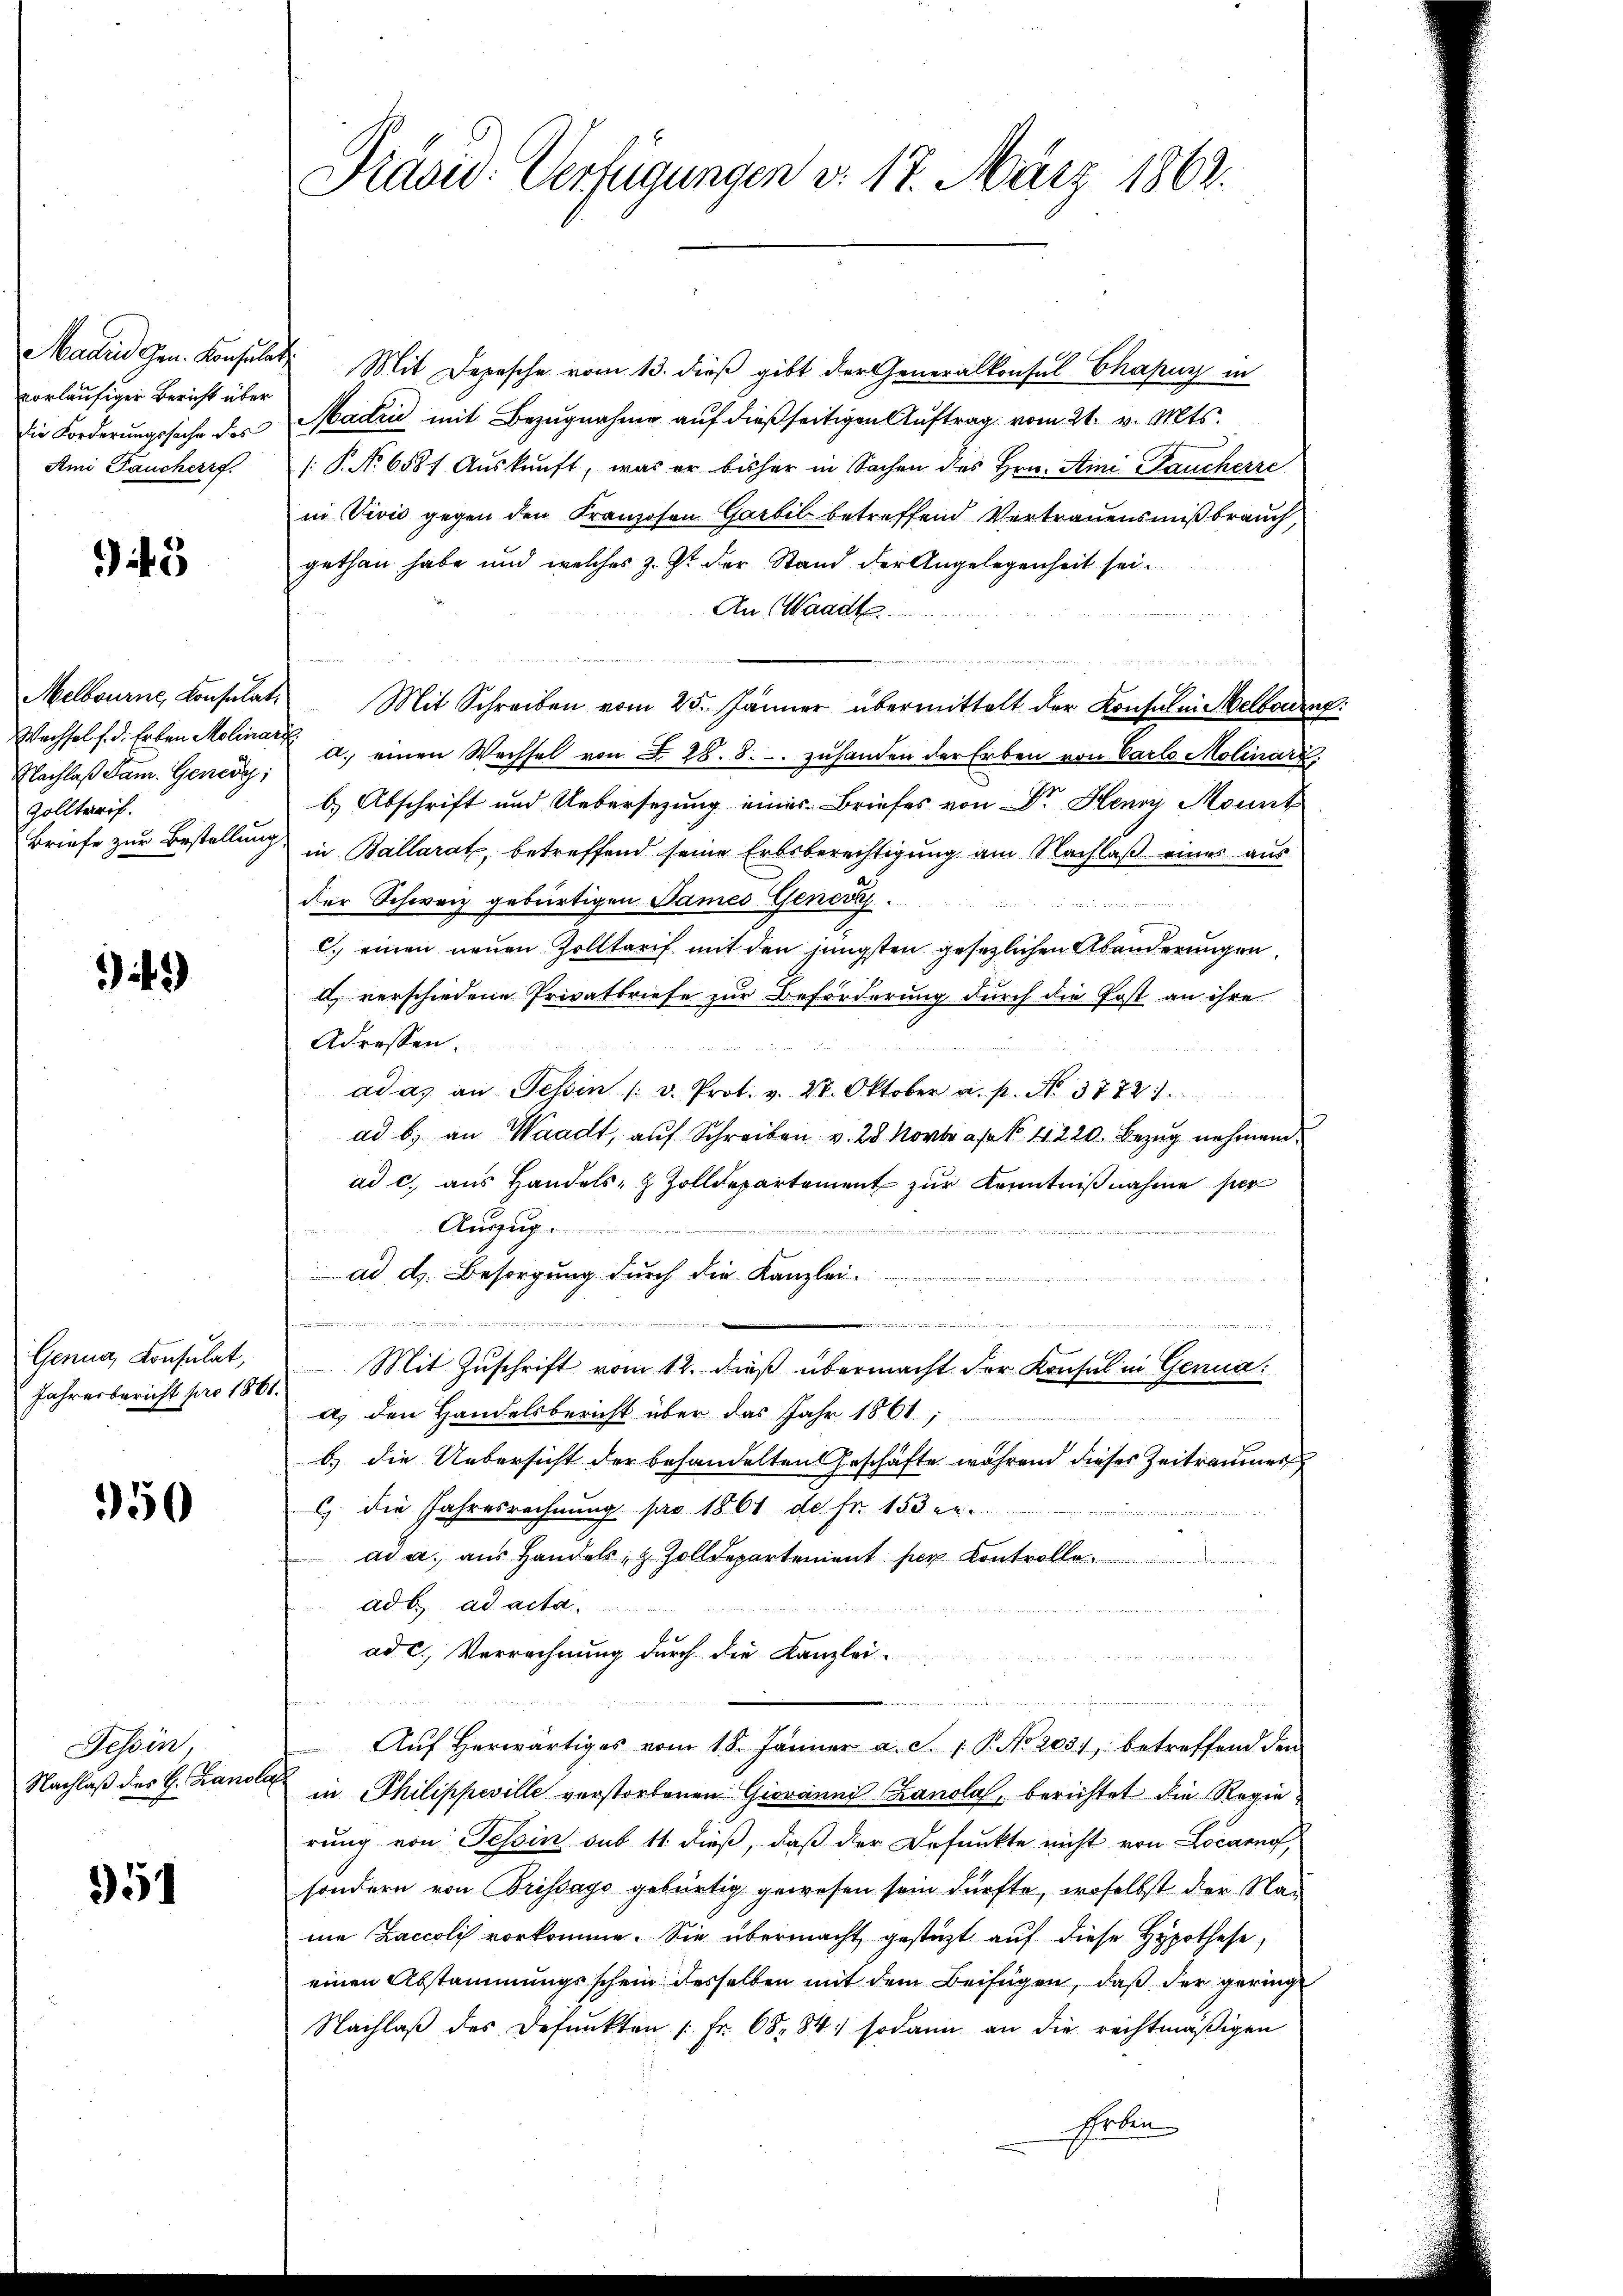
vorläufiger Bericht über
Die Forderungssache des

3

Wachsel f. d. Erben Molinari
Nachlaß Dam. Genedy,
Zolltarif.
Briefe zur Bestellung.

9)

Jahresbericht pro 1861.

350

Madin Gen. Konsulat Mit Depesche vom 13. dieß gibt der Generalkonsul Chapuy in
Madin mit Bezugnahme auf dießseitigen Auftrag vom 21. v. Mts.
Ami Paucher rf. /: P. No 6581 Aŭskŭnft, was er bisher in Sachen des Hrn. Ami-Paucherre
in Vivić gegen den Kranzosen Garbel betreffend Vertrauensmißbrauch,
gethan habe und welches z. Zt. der Stand der Angelegenheit sei¬
An (Waadt

Melbourne Konsulat. Mit Schreiben vom 25. Jänner übermittelt der Konsul in Melbourn
a. einen Wechsel von § 288. - zuhanden der Erben von Carlo Molinari
b.) Abschrift und Uebersezung eines Briefes von Dr. Henry Monnt
in Ballarat, betreffend seine Erbsberechtigung am Nachlaß eines aus
der Schweiz gebürtigen Sames Generk
C. einen neuen Zolltarif mit den jüngsten gesezlichen Abänderungen
 verschiedene Privatbriefe zur Beförderung durch die Post an ihre
Adressen.

adas an Tessin (d. Prot. v. 28. Oktober a. p. No. 3772.
ad b. an Waadt, auf Schreiben v. 28. Novbras . 41220. Bezug nehmend
ad c. aus Handels- & Zolldepartement zur Kenntnißnahme her
Auszug

ad d. Besorgung durch die Kanzlei
2
........
e
n
Genua, Konsulat, Mit Zŭschrift vom 12. dieß übermacht der Konsul in Genua¬
Als den Handelsbericht über das Jahr 1861,
i
b) die Uebersicht der behandelten Geschäfte während dieses Zeitraumer
c die Jahresrechnung par 1861 de fr. 153 er

ad a. aus Handels- & Zolldepartement per Kontroll
ad b. ad acta.
ad c., Verrechnung durch die Kanzlei-
u
Aŭf herwärtiges vom 18. Jänner a. S. 1 P. No 2031, betreffend den
in Philippeville verstorbenen Giovanni (Lanola, berichtet die Regie
rung von Tessin sub 11 dieß, daß der Defunkte nicht von Locarno
sondern von Brissago gebürtig gewesen sein dürfte, woselbst der Nac
nie Zaccoli vorkomme. Sie übermacht gestützt auf diese Hypothese,
einen Abstammungsschein desselben mit dem Beifügen, daß der geringe
Nachlaβ des Defŭnkten 1 Fr. 68. 841 sodann an die rechtmäßigen
hrten

Tessin,
Nachlaß des H. Banola

351

Präsid. Verfügungen d. 17. März 1862.